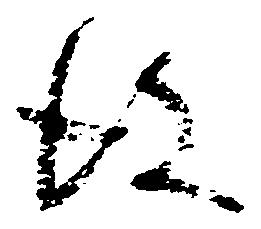
彼